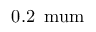
0 . 2 \, \mathrm { \ m u m }